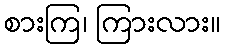
စားကြ၊ ကြားလား။